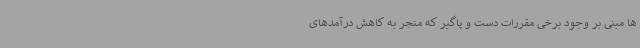
ها مبنی بر وجود برخی مقررات دست و پاگیر که منجر به کاهش درآمدهای